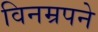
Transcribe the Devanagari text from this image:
विनम्रपने